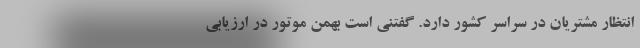
انتظار مشتریان در سراسر کشور دارد. گفتنی است بهمن موتور در ارزیابی